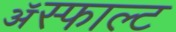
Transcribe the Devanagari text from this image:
ॲस्फाल्ट